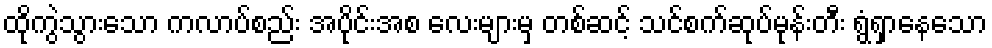
ထိုကွဲသွားသော ကလာပ်စည်း အပိုင်းအစ လေးများမှ တစ်ဆင့် သင်စက်ဆုပ်မုန်းတီး ရွံရှာနေသော